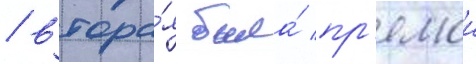
/ втора́я была́ пр'ямои